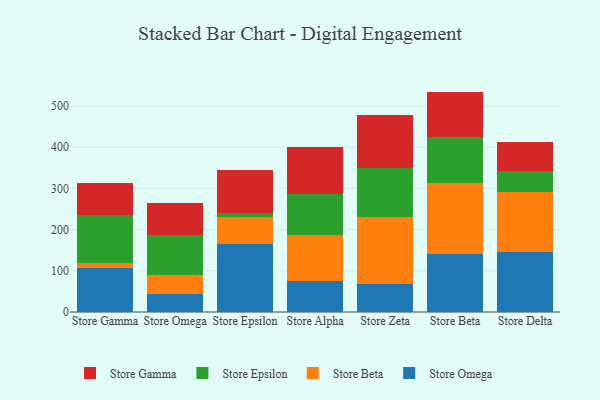
{"axis": {"x": "Store", "y": "Customer Acquisition Cost (USD)"}, "legend": ["Store Beta", "Store Epsilon", "Store Gamma", "Store Omega"], "data": [{"x": "Store Gamma", "y": 107.6, "type": "Store Omega"}, {"x": "Store Gamma", "y": 10.6, "type": "Store Beta"}, {"x": "Store Gamma", "y": 116.2, "type": "Store Epsilon"}, {"x": "Store Gamma", "y": 79.6, "type": "Store Gamma"}, {"x": "Store Omega", "y": 43.4, "type": "Store Omega"}, {"x": "Store Omega", "y": 45.6, "type": "Store Beta"}, {"x": "Store Omega", "y": 98.8, "type": "Store Epsilon"}, {"x": "Store Omega", "y": 76.3, "type": "Store Gamma"}, {"x": "Store Epsilon", "y": 163.9, "type": "Store Omega"}, {"x": "Store Epsilon", "y": 67.6, "type": "Store Beta"}, {"x": "Store Epsilon", "y": 7.8, "type": "Store Epsilon"}, {"x": "Store Epsilon", "y": 104.0, "type": "Store Gamma"}, {"x": "Store Alpha", "y": 75.6, "type": "Store Omega"}, {"x": "Store Alpha", "y": 111.8, "type": "Store Beta"}, {"x": "Store Alpha", "y": 98.5, "type": "Store Epsilon"}, {"x": "Store Alpha", "y": 114.7, "type": "Store Gamma"}, {"x": "Store Zeta", "y": 66.9, "type": "Store Omega"}, {"x": "Store Zeta", "y": 164.3, "type": "Store Beta"}, {"x": "Store Zeta", "y": 117.9, "type": "Store Epsilon"}, {"x": "Store Zeta", "y": 129.3, "type": "Store Gamma"}, {"x": "Store Beta", "y": 140.9, "type": "Store Omega"}, {"x": "Store Beta", "y": 171.1, "type": "Store Beta"}, {"x": "Store Beta", "y": 113.6, "type": "Store Epsilon"}, {"x": "Store Beta", "y": 109.1, "type": "Store Gamma"}, {"x": "Store Delta", "y": 144.7, "type": "Store Omega"}, {"x": "Store Delta", "y": 145.4, "type": "Store Beta"}, {"x": "Store Delta", "y": 52.0, "type": "Store Epsilon"}, {"x": "Store Delta", "y": 69.3, "type": "Store Gamma"}]}